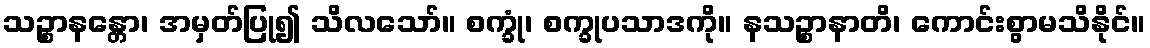
သဉ္စာနန္တော၊ အမှတ်ပြု၍ သိလသော်။ စက္ခုံ၊ စက္ခုပသာဒကို။ နသဉ္စာနာတိ၊ ကောင်းစွာမသိနိုင်။